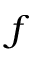
f